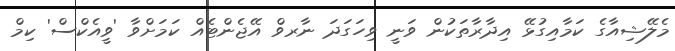
މެލޭޝިއާގެ ކަމާއިގުޅޭ އިދާރާތަކުން ވަނީ ވިހަގަދަ ނާރވް އޭޖެންޓެއް ކަމަށްވާ 'ވީއެކްސް' ކިމް